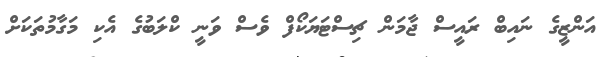
އަންޒީގެ ނައިބް ރައީސް ޖާމަން ޗިސްޓަޔަކޯފް ވެސް ވަނީ ކްލަބުގެ އެކި މަގާމުތަކަށް